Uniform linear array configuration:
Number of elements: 32
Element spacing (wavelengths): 1
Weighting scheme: kaiser
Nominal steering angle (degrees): -30
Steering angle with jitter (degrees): -28.244
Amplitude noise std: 0.05
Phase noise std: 0.05

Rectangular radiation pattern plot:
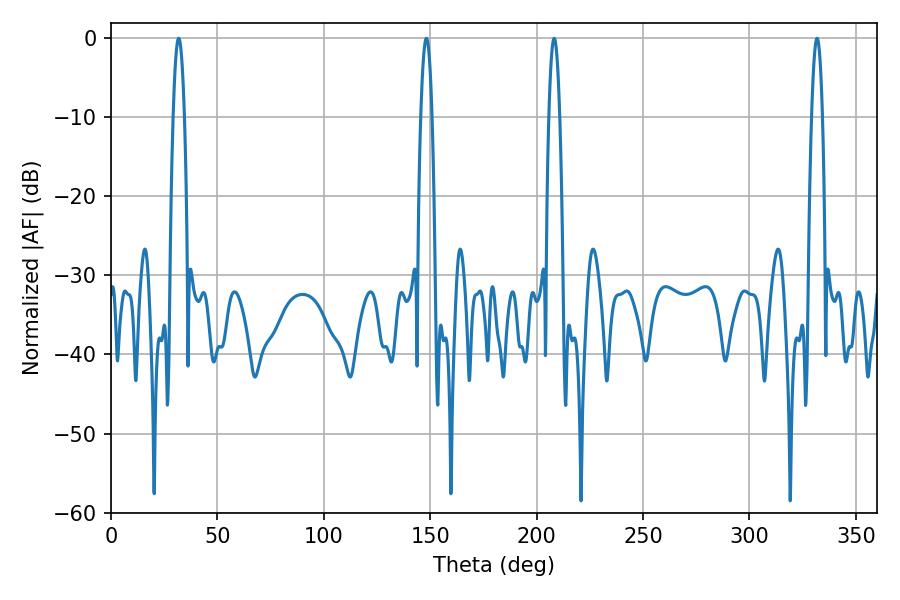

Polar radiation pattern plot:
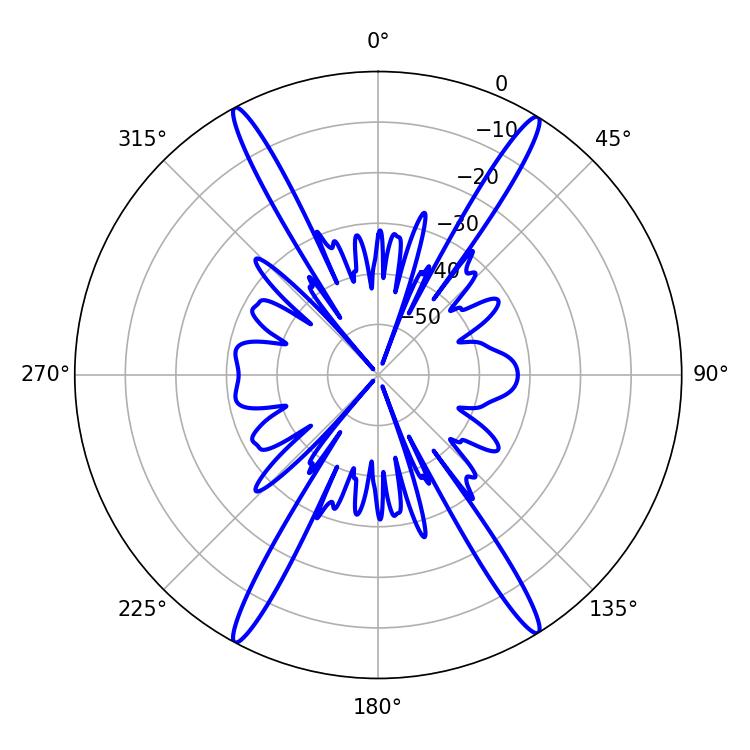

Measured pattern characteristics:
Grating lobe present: TRUE
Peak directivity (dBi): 24.263
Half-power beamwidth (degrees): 2.88
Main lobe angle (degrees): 331.74